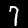
Label: 7